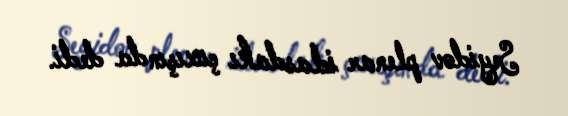
Seyidov plenar iclasdakı çıxışında dedi.